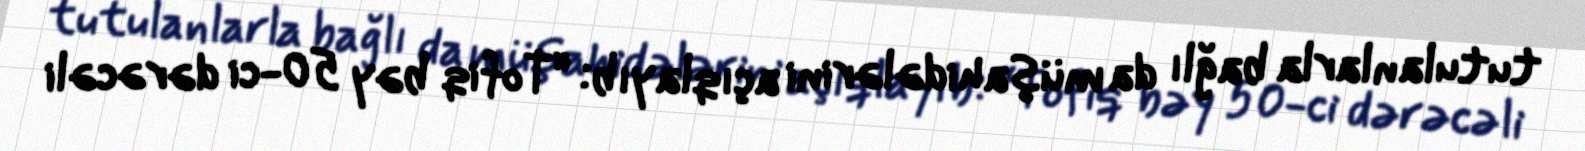
tutulanlarla bağlı da müşahidələrini açıqlayıb: “Tofiq bəy 50-ci dərəcəli